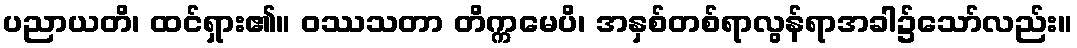
ပညာယတိ၊ ထင်ရှား၏။ ဝဿသတာ တိက္ကမေပိ၊ အနှစ်တစ်ရာလွန်ရာအခါ၌သော်လည်း။